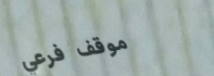
موقف فرعي